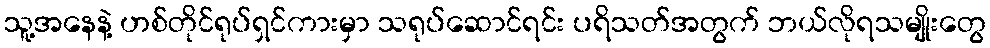
သူ့အနေနဲ့ ဟစ်တိုင်ရုပ်ရှင်ကားမှာ သရုပ်ဆောင်ရင်း ပရိသတ်အတွက် ဘယ်လိုရသမျိုးတွေ